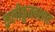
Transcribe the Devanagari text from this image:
क़लीक़ुतबशाह